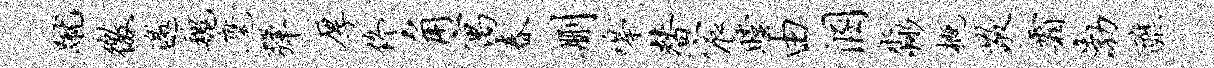
蹴徼邀魏麾弹厚佟角寓春删嗥替宸瞠由溷淼概敬霜渤醮